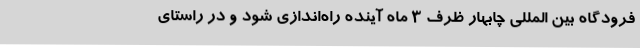
فرودگاه بین المللی چابهار ظرف 3 ماه آینده راه‌اندازی شود و در راستای